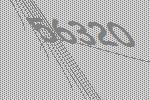
56320